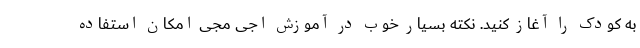
به کودک را آغاز کنید. نکته بسیار خوب در آموزش اجی مجی امکان استفاده